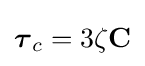
{\boldsymbol {\tau }}_{c}=3\zeta \mathbf {C}